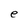
Character: e